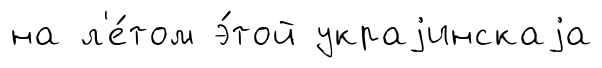
на л'е́том э́той украjинскаjа